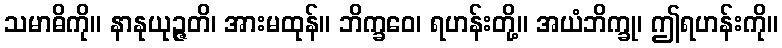
သမာဓိကို။ နာနုယုဉ္ဇတိ၊ အားမထုန်။ ဘိက္ခဝေ၊ ရဟန်းတို့။ အယံဘိက္ခု၊ ဤရဟန်းကို။